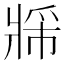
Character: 𬌈